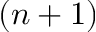
( n + 1 )